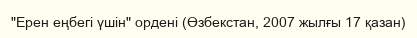
"Ерен еңбегі үшін" ордені (Өзбекстан, 2007 жылғы 17 қазан)